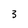
Character: 3